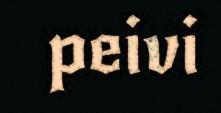
peivi